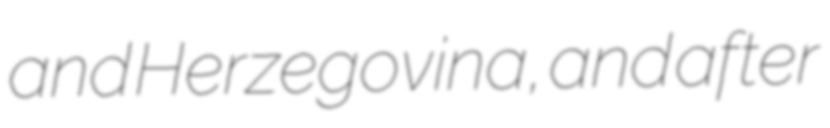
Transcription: and Herzegovina, and after